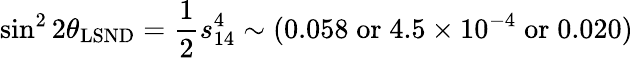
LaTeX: \sin^{2}2\theta_{\mathrm{LSND}}=\frac{1}{2}s_{14}^{4}\sim(0.058\; \mathrm{or}\; 4.5\times 10^{-4}\; \mathrm{or}\; 0.020)